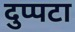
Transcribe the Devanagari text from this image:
दुप्पटा